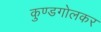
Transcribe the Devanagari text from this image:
कुण्डगोलकर